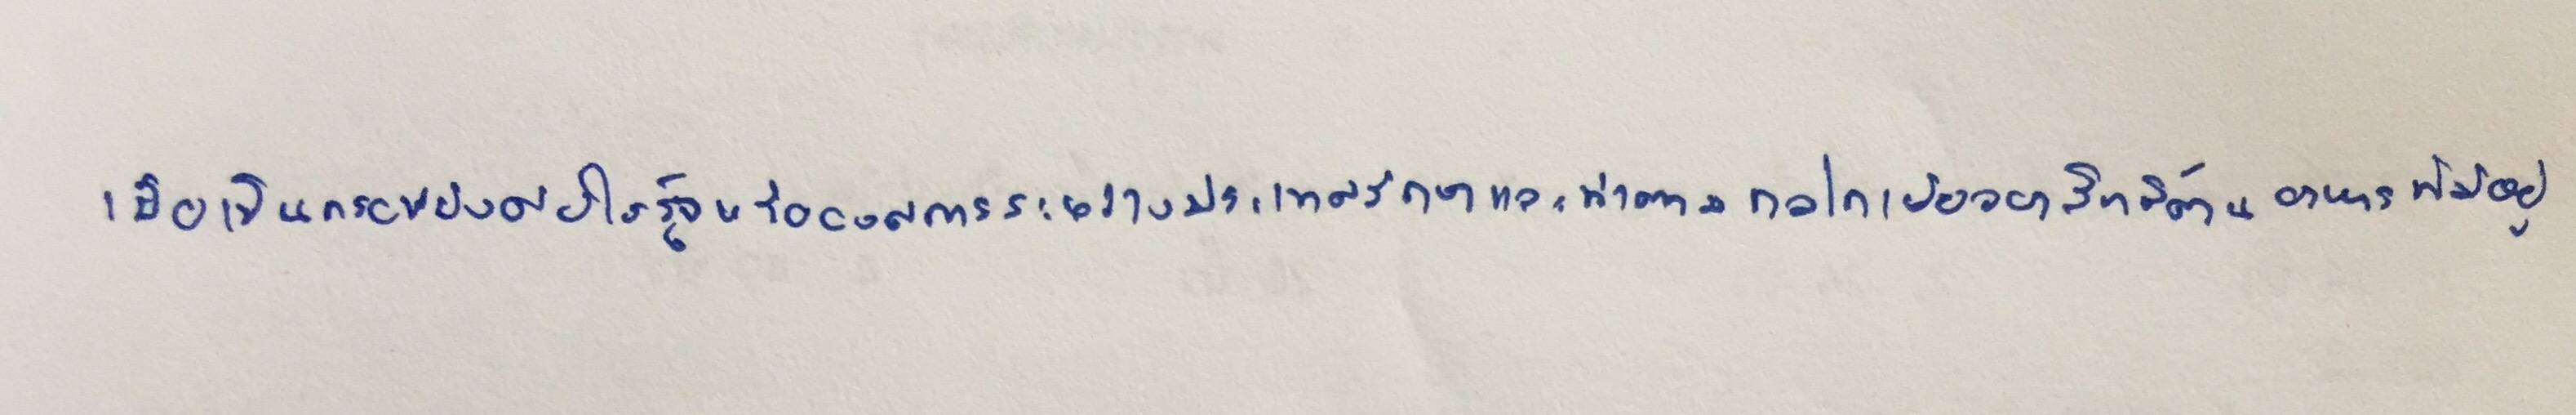
เพื่อเป็นกรอบบังคับให้รัฐหรือองค์การระหว่างประเทศรักษาและทำตามกลไกเยียวยาสิทธิด้านอาหารที่มีอยู่